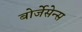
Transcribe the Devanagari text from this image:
बोर्जेसेन्स